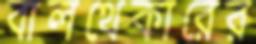
বালথেকারের